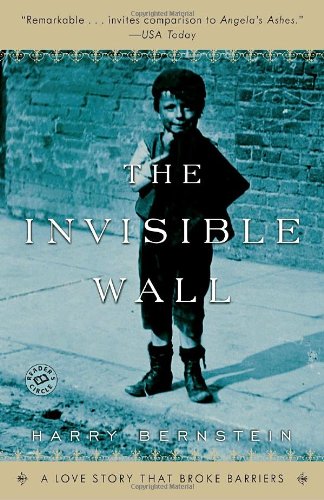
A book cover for The Invisible Wall: A Love Story That Broke Barriers; Harry Bernstein; Biographies & Memoirs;